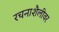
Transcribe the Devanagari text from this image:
रचनाशैलीवर